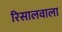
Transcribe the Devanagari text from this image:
रिसालवाला